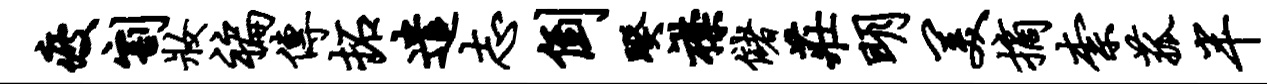
疲割妆褊传拓遣志倒暌襟储庄明美摘柰菰半